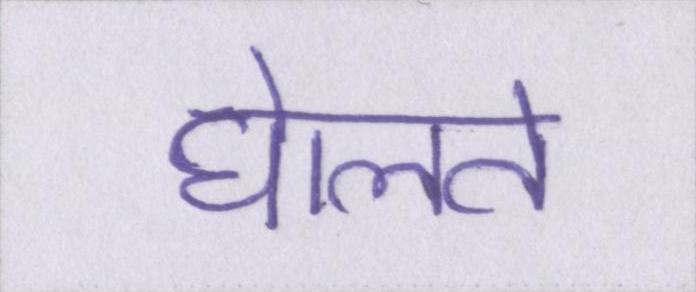
घेालते